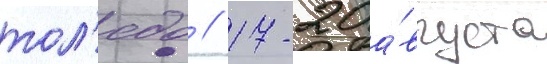
тол'едо // 17-20 а́вгуста